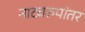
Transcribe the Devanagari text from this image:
नाट्यरुपांतर